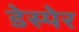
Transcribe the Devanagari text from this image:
डेस्पेर